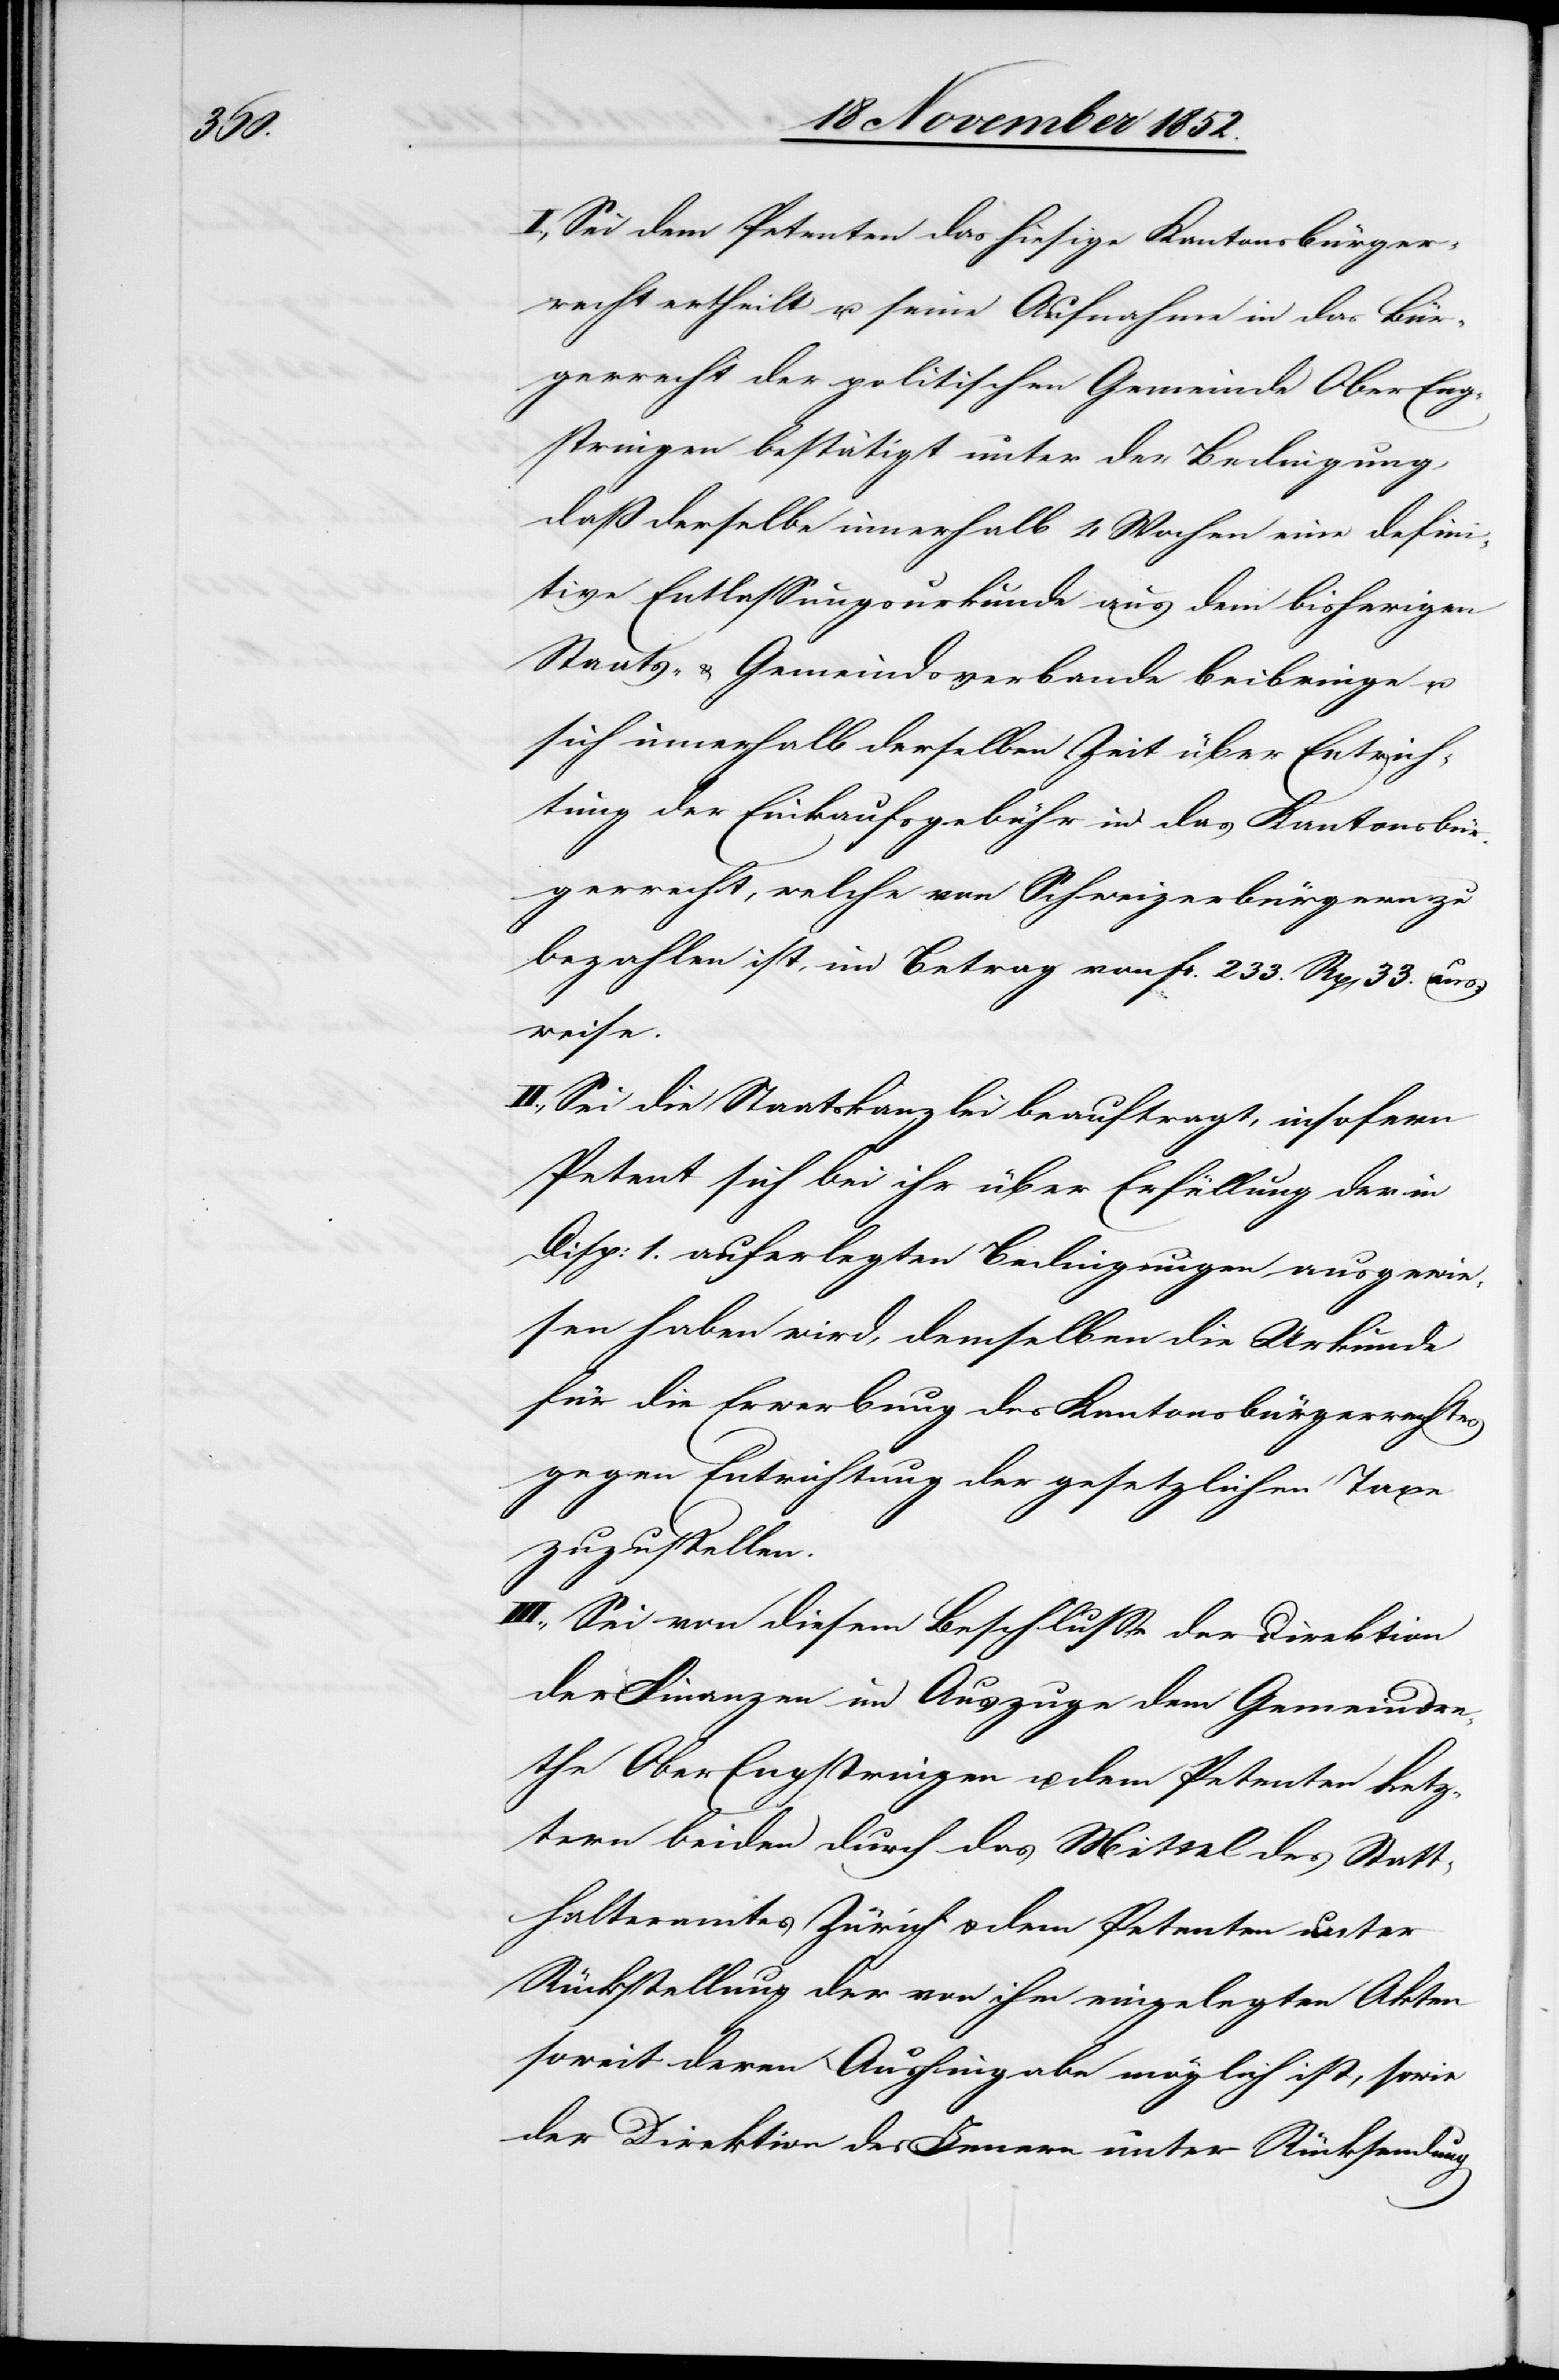
I., Sei dem Petenten das hiesige Kantonsbürger¬
recht ertheilt u. seine Aufnahme in das Bür¬
gerrecht der politischen Gemeinde Ober Eng¬
stringen bestätigt unter der Bedingung,
daß derselbe innerhalb 4 Wochen eine defini¬
tive Entlassungsurkunde aus dem bisherigen
Staats- & Gemeindsverbande beibringe u.
sich innerhalb derselben Zeit über Entrich¬
tung der Einkaufsgebühr in das Kantonsbür¬
gerrecht, welche von Schweizerbürgern zu
bezahlen ist, im Betrag von Fr. 233. Rp[en] 33. aus¬
weise.
II., Sei die Staatskanzlei beauftragt, insofern
Petent sich bei ihr über Erfüllung der in
[recte: I.] auferlegten Bedingungen ausgewie¬
sen haben wird, demselben die Urkunde
für die Erwerbung des Kantonsbürgerrechtes
gegen Entrichtung der gesetzlichen Taxe
zuzustellen.
III., Sei von diesem Beschlusse der Direktion
der Finanzen im Auszuge dem Gemeindra¬
the Ober Engstringen u. dem Petenten Letz¬
tern beiden durch das Mittel des Statt¬
halteramtes Zürich & dem Petenten unter
Rückstellung der von ihm eingelegten Akten
soweit deren Aushingabe möglich ist, sowie
der Direktion des Innern unter Rücksendung